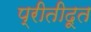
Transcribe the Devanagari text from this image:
प्रीतीदूत